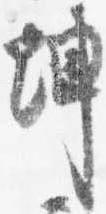
坤